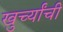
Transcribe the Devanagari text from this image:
खुर्च्यांची